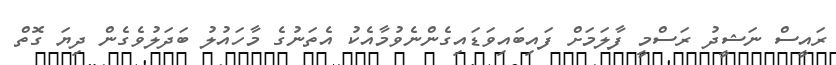
ރައީސް ނަޝީދު ރަސްމީ ފާލަމަށް ފައިބައިވަޑައިގެންނެވުމާއެކު އެތަނުގެ މާހައުލު ބަދަލުވެގެން ދިޔަ ގޮތް